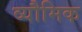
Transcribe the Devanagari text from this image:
व्यौमिक